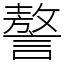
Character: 謷